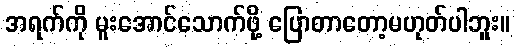
အရက်ကို မူးအောင်သောက်ဖို့ ပြောတာတော့မဟုတ်ပါဘူး။